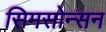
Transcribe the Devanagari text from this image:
सिमसोन्सन